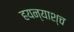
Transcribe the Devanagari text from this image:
हयन्याश्च